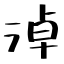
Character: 淖